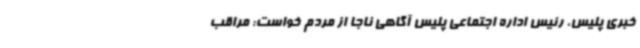
خبری پلیس، رئیس اداره اجتماعی پلیس آگاهی ناجا از مردم خواست: مراقب